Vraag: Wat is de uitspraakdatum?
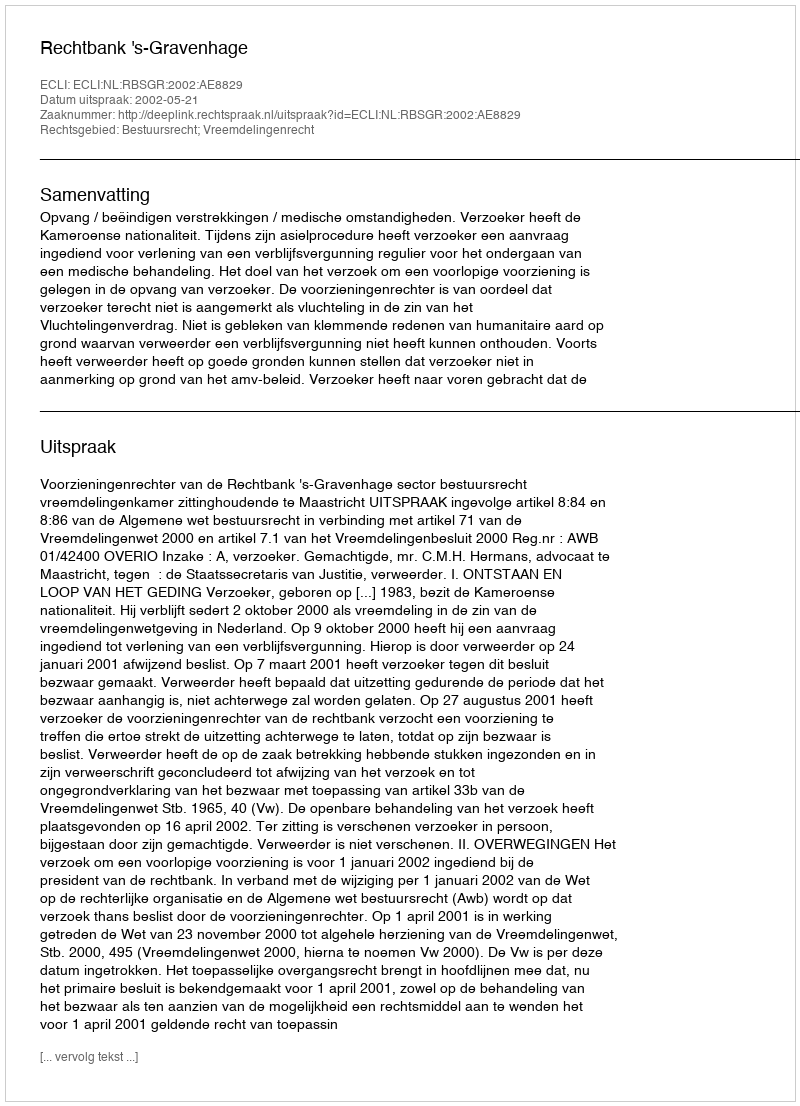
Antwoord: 2002-05-21